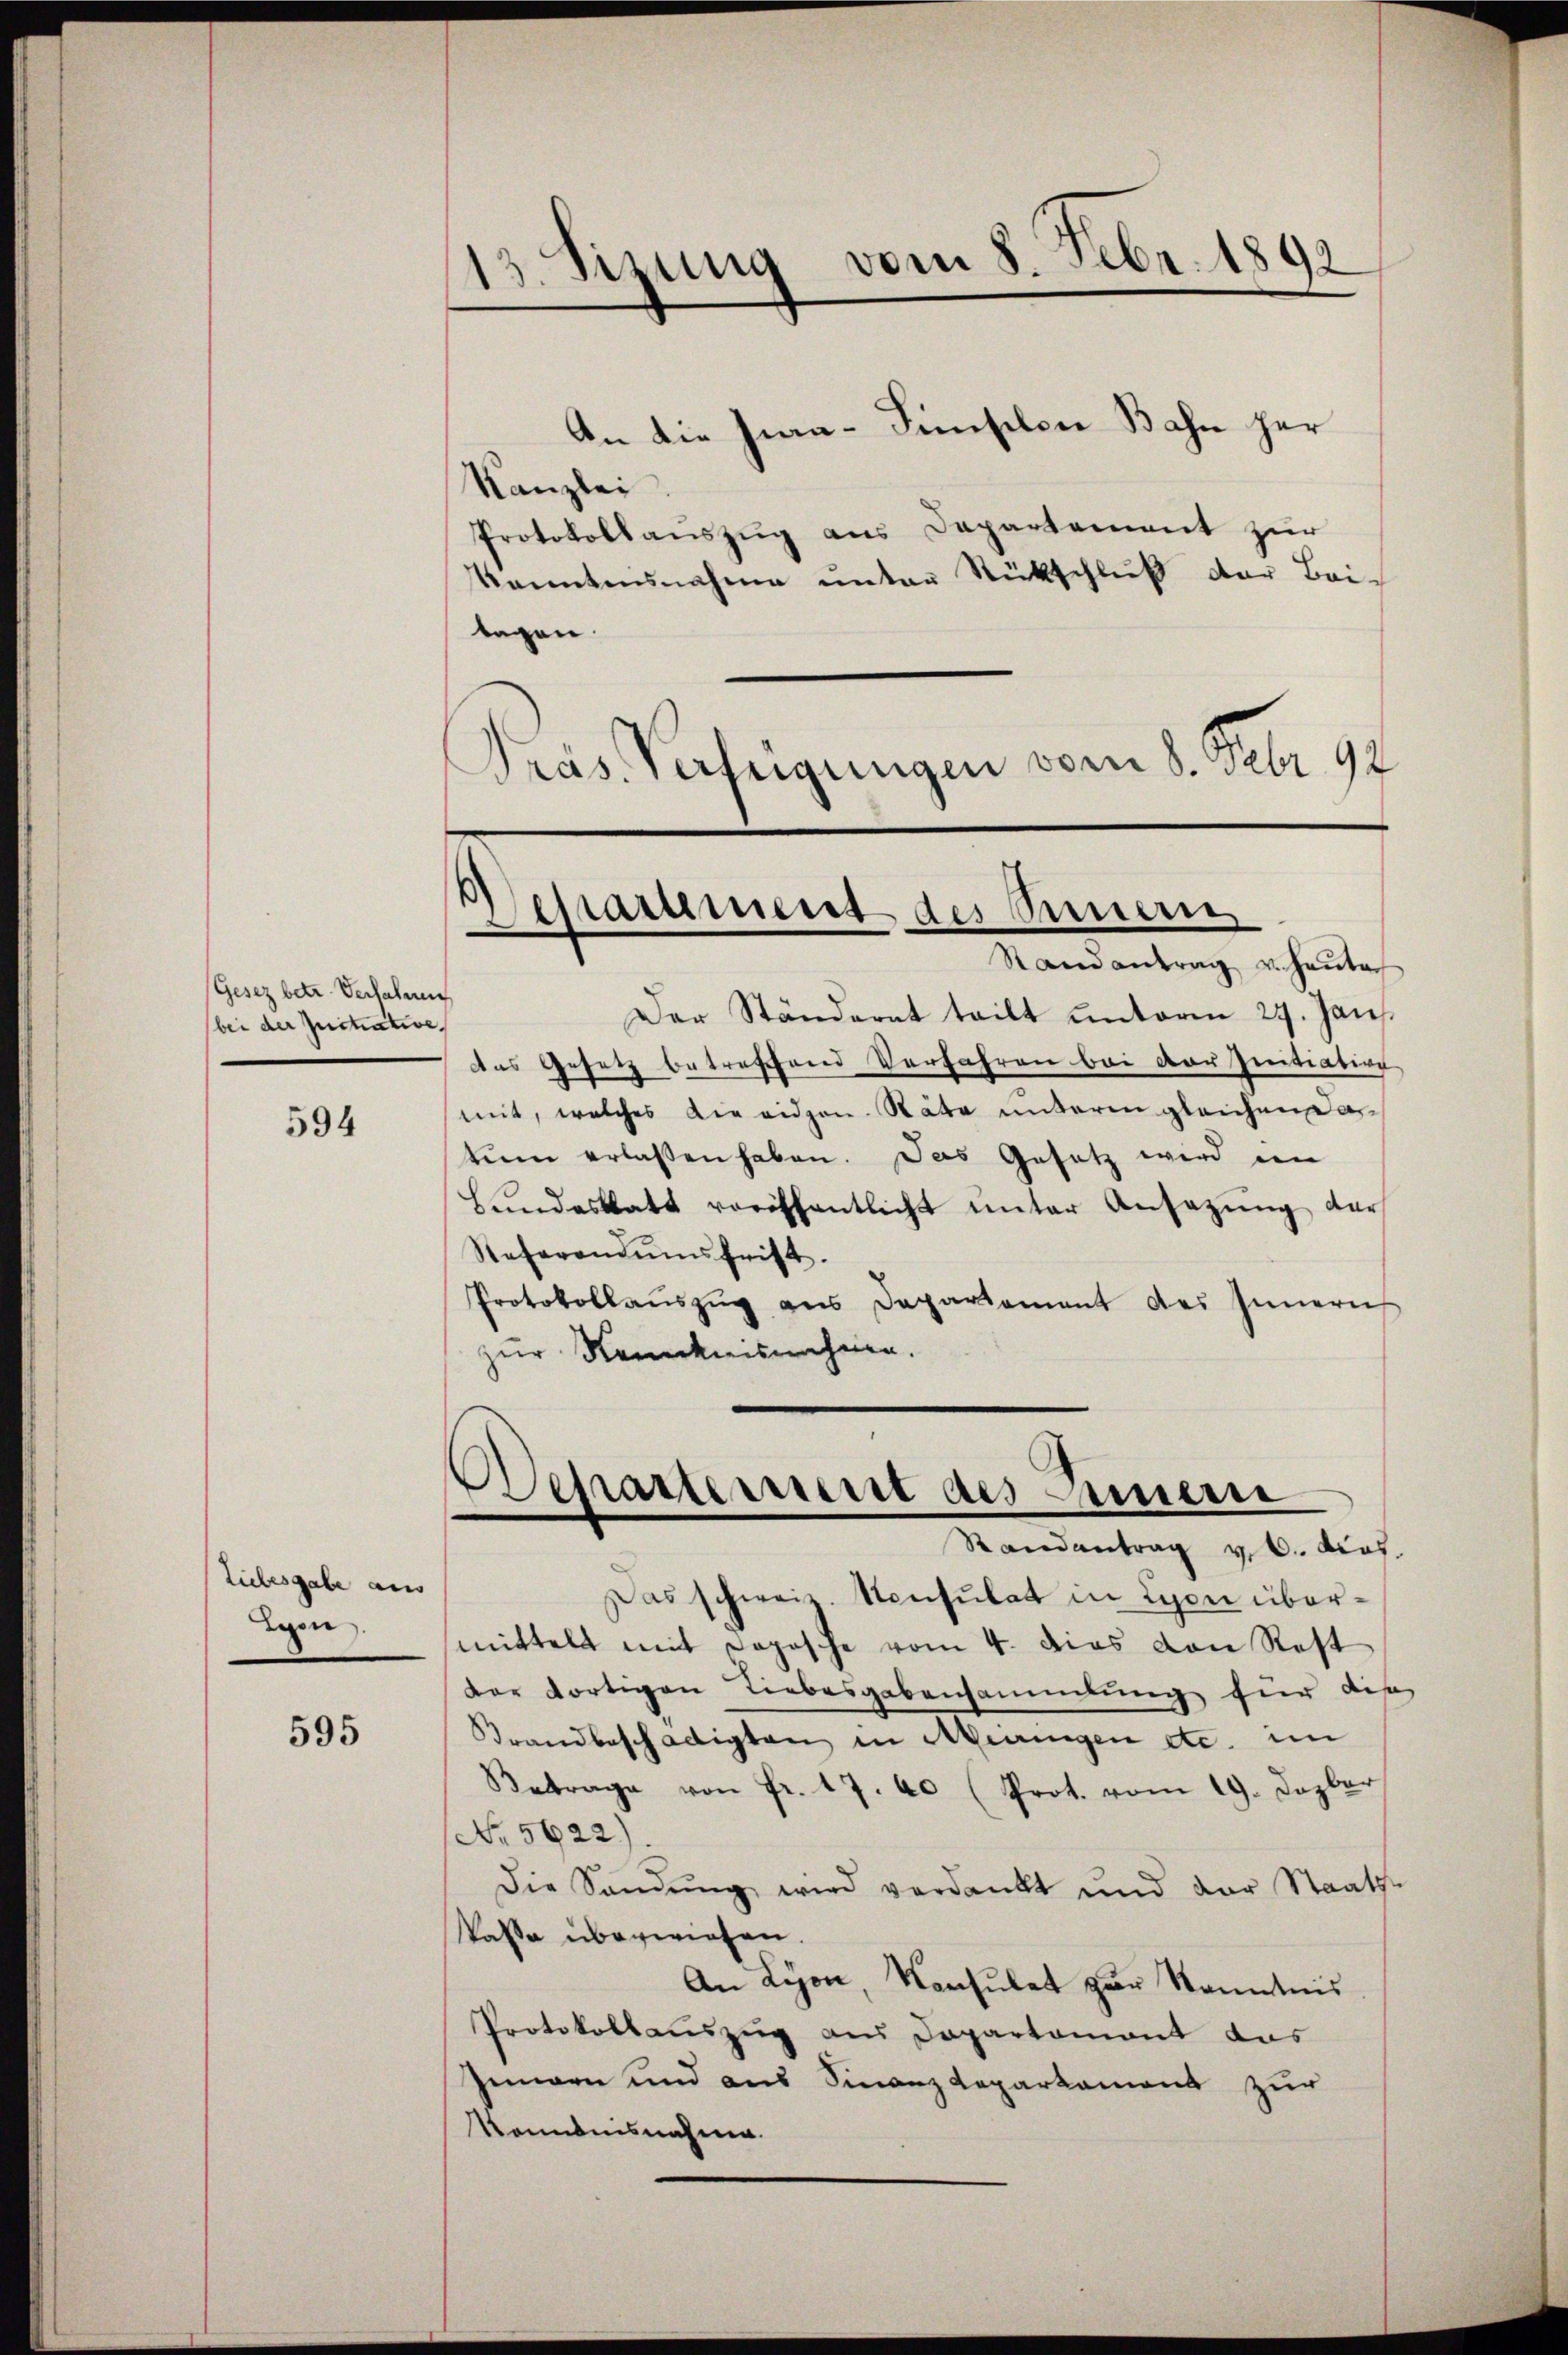
(Gesez betr. Verfahren
(bei der Instrative

594

Liebesgabe aus
dgen

595

13. Sizung vom 8. Febr. 1892

An die sian-Simselon Bahn her
Kanzlei
Protokoll aŭszŭg ans Departement zŭr
kanntensnahme ŭnter Rückschlŭβ der Bei-
legen.
Präs. Verfügungen vom 8. Febr. 92

Der Ständerat teilt ŭnterm 27. Jan.
das Gesetz betreffend Verfahren bei der Initiation
mit, welches die eidgen. Räte unterm gleichen datum erlassen haben. Das Gesetz wird ein
Bŭndesblatt veröffentlicht unter Ansazŭng dar
Referandumsfrist.
Protokollaŭszŭg ans Departament des Innern
zur Kenntnisnehmen.

Das schweiz. Konsulat in Lyon übermittelt mit Dopische vom 4. Das von Rest
der dortigen Liebesgabensammlung für dise
Brandbeschädigten in Meringen etc. im
Betrage von Fr. 17. 60 (Prot. vom 19. Dezber
No 5622)
Die Sandung wird verdankt und der Staats-
kasse überwiesen.
An Lyon, Konsulat zur Kenntnis
Protokollauszug aus Departement das
Innern und aus Finanz Loparkament zur
Kenntnisnahme.

Martement des Simmern
.
Randantrag v. Haŭte

Separtement des Innern
Randantrag v. 6. Prof.